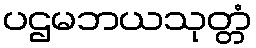
ပဌမဘယသုတ္တံ